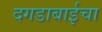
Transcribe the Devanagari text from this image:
दगडाबाईचा